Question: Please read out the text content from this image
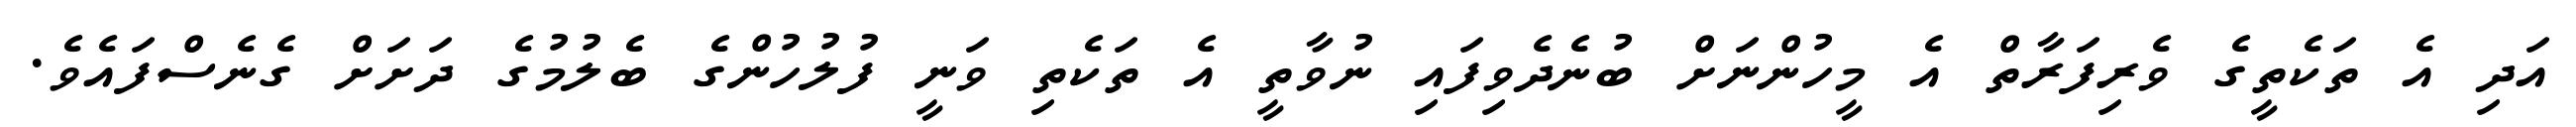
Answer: އަދި އެ ތަކެތީގެ ވެރިފަރާތް އެ މީހުންނަށް ބުނެދެވިފައި ނުވާތީ އެ ތަކެތި ވަނީ ފުލުހުންގެ ބެލުމުގެ ދަށަށް ގެނެސްފައެވެ.